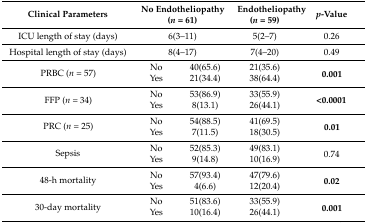
| Clinical Parameters | <COLSPAN=2> No endotheliopathy (n = 61) | Endotheliopathy (n = 59) | p-Value |
 | --- | --- | --- | --- | --- |
 | ICU length of stay (days) | <COLSPAN=2> 6(3–11) | 5(2–7) | 0.26 |
 | Hospital length of stay (days) | <COLSPAN=2> 8(4–17) | 7(4–20) | 0.49 |
 | <ROWSPAN=2> PRBC (n = 57) | No | 40(65.6) | 21(35.6) | <ROWSPAN=2> 0.001 |
 | Yes | 21(34.4) | 38(64.4) |
 | <ROWSPAN=2> FFP (n = 34) | No | 53(86.9) | 33(55.9) | <ROWSPAN=2> <0.0001 |
 | Yes | 8(13.1) | 26(44.1) |
 | <ROWSPAN=2> PRC (n = 25) | No | 54(88.5) | 41(69.5) | <ROWSPAN=2> 0.01 |
 | Yes | 7(11.5) | 18(30.5) |
 | <ROWSPAN=2> Sepsis | No | 52(85.3) | 49(83.1) | <ROWSPAN=2> 0.74 |
 | Yes | 9(14.8) | 10(16.9) |
 | <ROWSPAN=2> 48-h mortality | No | 57(93.4) | 47(79.6) | <ROWSPAN=2> 0.02 |
 | Yes | 4(6.6) | 12(20.4) |
 | <ROWSPAN=2> 30-day mortality | No | 51(83.6) | 33(55.9) | <ROWSPAN=2> 0.001 |
 | Yes | 10(16.4) | 26(44.1) |